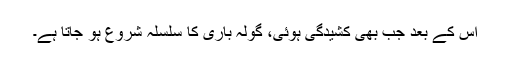
اس کے بعد جب بھی کشیدگی ہوئی، گولہ باری کا سلسلہ شروع ہو جاتا ہے۔